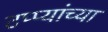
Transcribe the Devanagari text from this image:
टप्प्यांच्या